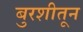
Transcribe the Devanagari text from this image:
बुरशीतून